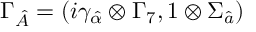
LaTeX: \Gamma _ { \hat { A } } = ( i \gamma _ { \hat { \alpha } } \otimes \Gamma _ { 7 } , 1 \otimes \Sigma _ { \hat { a } } )